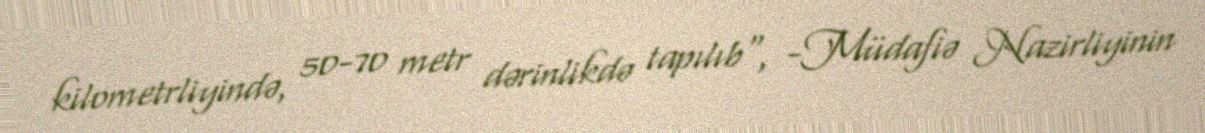
kilometrliyində, 50-70 metr dərinlikdə tapılıb", -Müdafiə Nazirliyinin